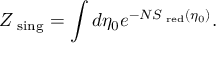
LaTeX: Z _ { \mathrm { \scriptsize ~ s i n g } } = \int d \eta _ { 0 } e ^ { - N S _ { \mathrm { \tiny ~ r e d } } ( \eta _ { 0 } ) } .